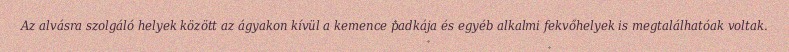
Az alvásra szolgáló helyek között az ágyakon kívül a kemence padkája és egyéb alkalmi fekvőhelyek is megtalálhatóak voltak.